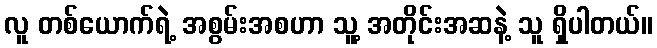
လူ တစ်ယောက်ရဲ့ အစွမ်းအစဟာ သူ့ အတိုင်းအဆနဲ့ သူ ရှိပါတယ်။